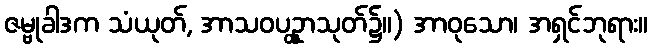
ဇမ္ဗုခါဒက သံယုတ်, အာသဝပဥ္ထှာသုတ်၌။) အာဝုသော၊ အရှင်ဘုရား။